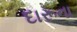
દારૂના